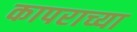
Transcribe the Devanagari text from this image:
कापराच्या